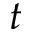
t